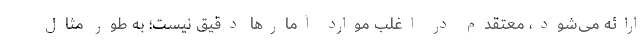
ارائه می‌شود، معتقدم در اغلب موارد آمارها دقیق نیست؛ به طور مثال